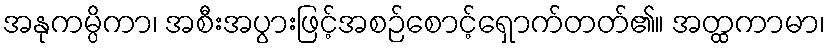
အနုကမ္ပိကာ၊ အစီးအပွားဖြင့်အစဉ်စောင့်ရှောက်တတ်၏။ အတ္ထကာမာ၊